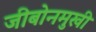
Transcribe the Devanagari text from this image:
जीबोनमुखी